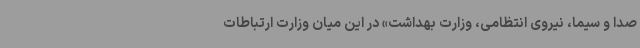
صدا و سیما، نیروی انتظامی، وزارت بهداشت» در این میان وزارت ارتباطات